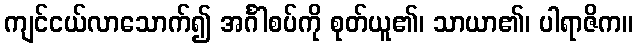
ကျင်ငယ်လာသောက်၍ အင်္ဂါစပ်ကို စုတ်ယူ၏၊ သာယာ၏၊ ပါရာဇိက။